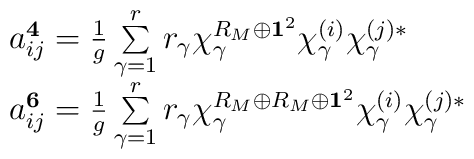
\begin{array}{l}a_{ij}^{{\bf 4}}= \frac{1}{g}\sum\limits_{\gamma	=1}^{r}r_{\gamma }\chi_{\gamma }^{R_M \oplus {\bf 1}^2 }	\chi_{\gamma }^{(i)}	\chi_{\gamma }^{(j)*} \\a_{ij}^{{\bf 6}}=\frac{1}{g}\sum\limits_{\gamma	=1}^{r}r_{\gamma }\chi_{\gamma }^{R_M \oplus R_M \oplus {\bf 1}^2 }	\chi_{\gamma }^{(i)}\chi_{\gamma }^{(j)*} \\\end{array}